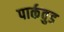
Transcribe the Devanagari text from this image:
पार्कवुड